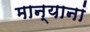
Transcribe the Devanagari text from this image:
मान्यानां